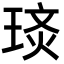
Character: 𭹡